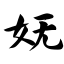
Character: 妩